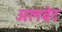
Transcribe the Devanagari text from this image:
अलब्रेट